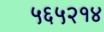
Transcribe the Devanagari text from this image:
५६५२१४